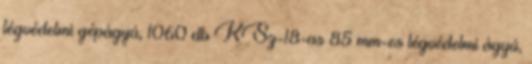
légvédelmi gépágyú, 1060 db KSz-18-as 85 mm-es légvédelmi ágyú,